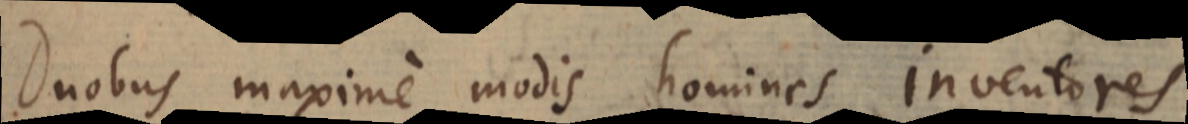
Duobus maxime modis homines inventores